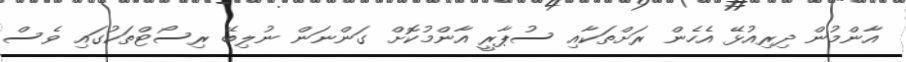
އާންމުން ދިރިއުޅޭ އެހެން ރަށްތަކާއި ސުޕާރީ އާންމުކޮށް ގަންނަން ނުލިބޭ ރިސޯޓްތަކުގައި ވެސް